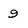
Character: 9